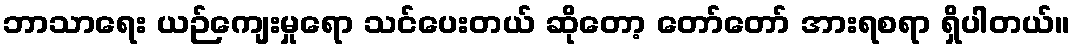
ဘာသာရေး ယဉ်ကျေးမှုရော သင်ပေးတယ် ဆိုတော့ တော်တော် အားရစရာ ရှိပါတယ်။